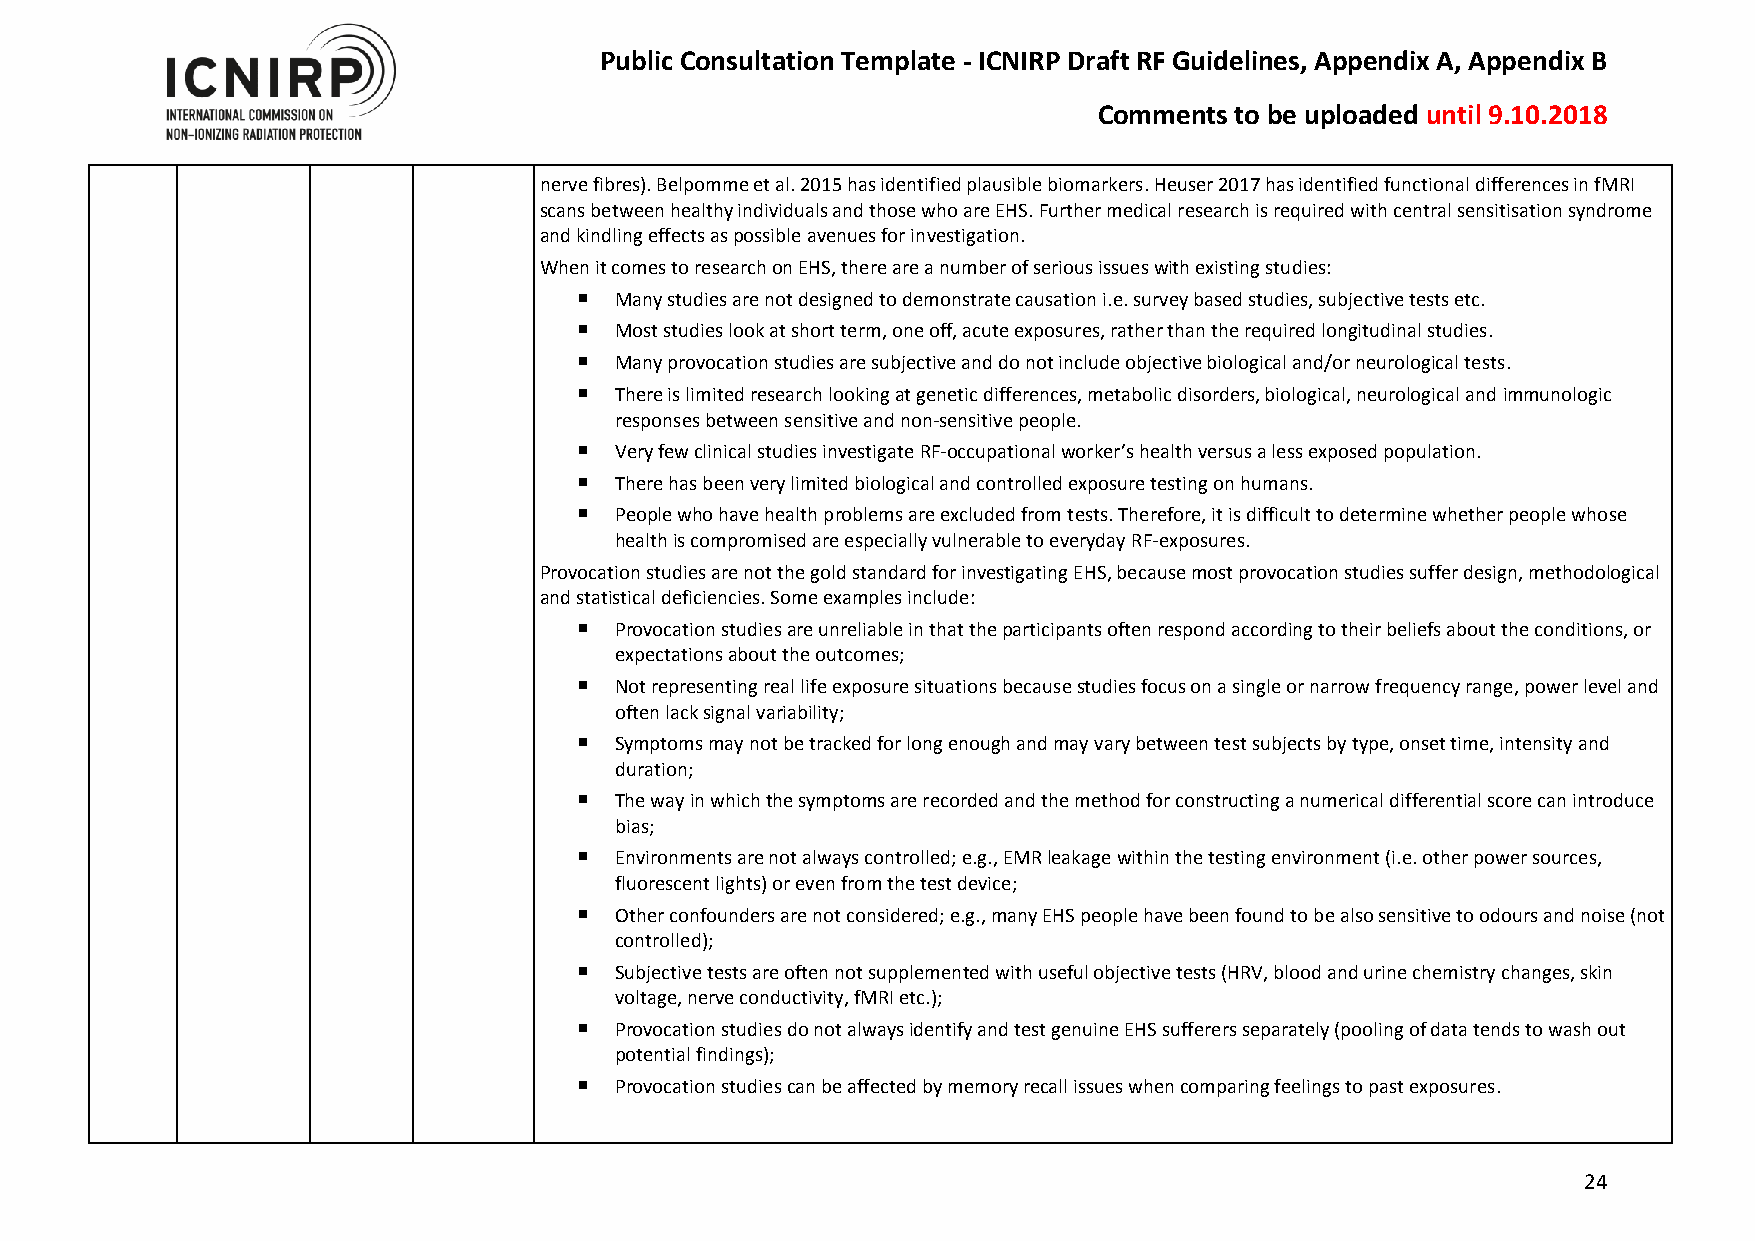
Public Consultation Template - ICNIRP Draft RF Guidelines, Appendix A, Appendix B
 Comments to be uploaded until 9.10.2018
 nerve fibres). Belpomme et al. 2015 has identified plausible biomarkers. Heuser 2017 has identified functional differences in fMRI
 scans between healthy individuals and those who are EHS. Further medical research is required with central sensitisation syndrome
 and kindling effects as possible avenues for investigation.
 When it comes to research on EHS, there are a number of serious issues with existing studies:
   Many studies are not designed to demonstrate causation i.e. survey based studies, subjective tests etc.
   Most studies look at short term, one off, acute exposures, rather than the required longitudinal studies.
   Many provocation studies are subjective and do not include objective biological and/or neurological tests.
   There is limited research looking at genetic differences, metabolic disorders, biological, neurological and immunologic
 responses between sensitive and non-sensitive people.
   Very few clinical studies investigate RF-occupational worker’s health versus a less exposed population.
   There has been very limited biological and controlled exposure testing on humans.
   People who have health problems are excluded from tests. Therefore, it is difficult to determine whether people whose
 health is compromised are especially vulnerable to everyday RF-exposures.
 Provocation studies are not the gold standard for investigating EHS, because most provocation studies suffer design, methodological
 and statistical deficiencies. Some examples include:
   Provocation studies are unreliable in that the participants often respond according to their beliefs about the conditions, or
 expectations about the outcomes;
   Not representing real life exposure situations because studies focus on a single or narrow frequency range, power level and
 often lack signal variability;
   Symptoms may not be tracked for long enough and may vary between test subjects by type, onset time, intensity and
 duration;
   The way in which the symptoms are recorded and the method for constructing a numerical differential score can introduce
 bias;
   Environments are not always controlled; e.g., EMR leakage within the testing environment (i.e. other power sources,
 fluorescent lights) or even from the test device;
   Other confounders are not considered; e.g., many EHS people have been found to be also sensitive to odours and noise (not
 controlled);
   Subjective tests are often not supplemented with useful objective tests (HRV, blood and urine chemistry changes, skin
 voltage, nerve conductivity, fMRI etc.);
   Provocation studies do not always identify and test genuine EHS sufferers separately (pooling of data tends to wash out
 potential findings);
   Provocation studies can be affected by memory recall issues when comparing feelings to past exposures.
 24